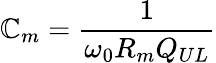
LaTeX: \mathbb{C}_{m}=\frac{{1}}{{\omega_{0}R_{m}Q_{UL}}}